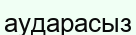
аударасыз